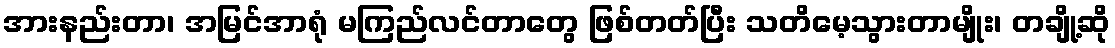
အားနည်းတာ၊ အမြင်အာရုံ မကြည်လင်တာတွေ ဖြစ်တတ်ပြီး သတိမေ့သွားတာမျိုး၊ တချို့ဆို